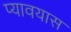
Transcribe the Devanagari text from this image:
प्यावयास